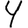
Digit: 4